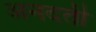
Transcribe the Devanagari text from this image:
अनदती